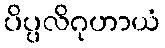
ပိပ္ပလိဂုဟာယံ